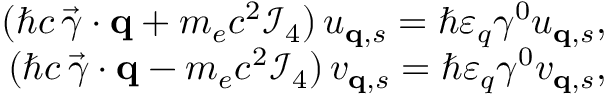
\begin{array} { r } { ( \hbar c \, \vec { \gamma } \cdot { \bf q } + m _ { e } c ^ { 2 } \mathcal { I } _ { 4 } ) \, u _ { { \bf q } , s } = \hbar \varepsilon _ { q } \gamma ^ { 0 } u _ { { \bf q } , s } , } \\ { ( \hbar c \, \vec { \gamma } \cdot { \bf q } - m _ { e } c ^ { 2 } \mathcal { I } _ { 4 } ) \, v _ { { \bf q } , s } = \hbar \varepsilon _ { q } \gamma ^ { 0 } v _ { { \bf q } , s } , } \end{array}